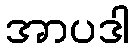
အာပဒါ